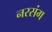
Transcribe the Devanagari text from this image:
नरसंग